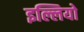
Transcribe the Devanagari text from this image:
इल्लियो